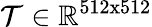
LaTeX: \mathcal{T}\in\mathbb{R}^{512\mathrm{x}512}